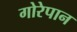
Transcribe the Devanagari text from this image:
गोरेपान